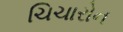
ચિચારોન